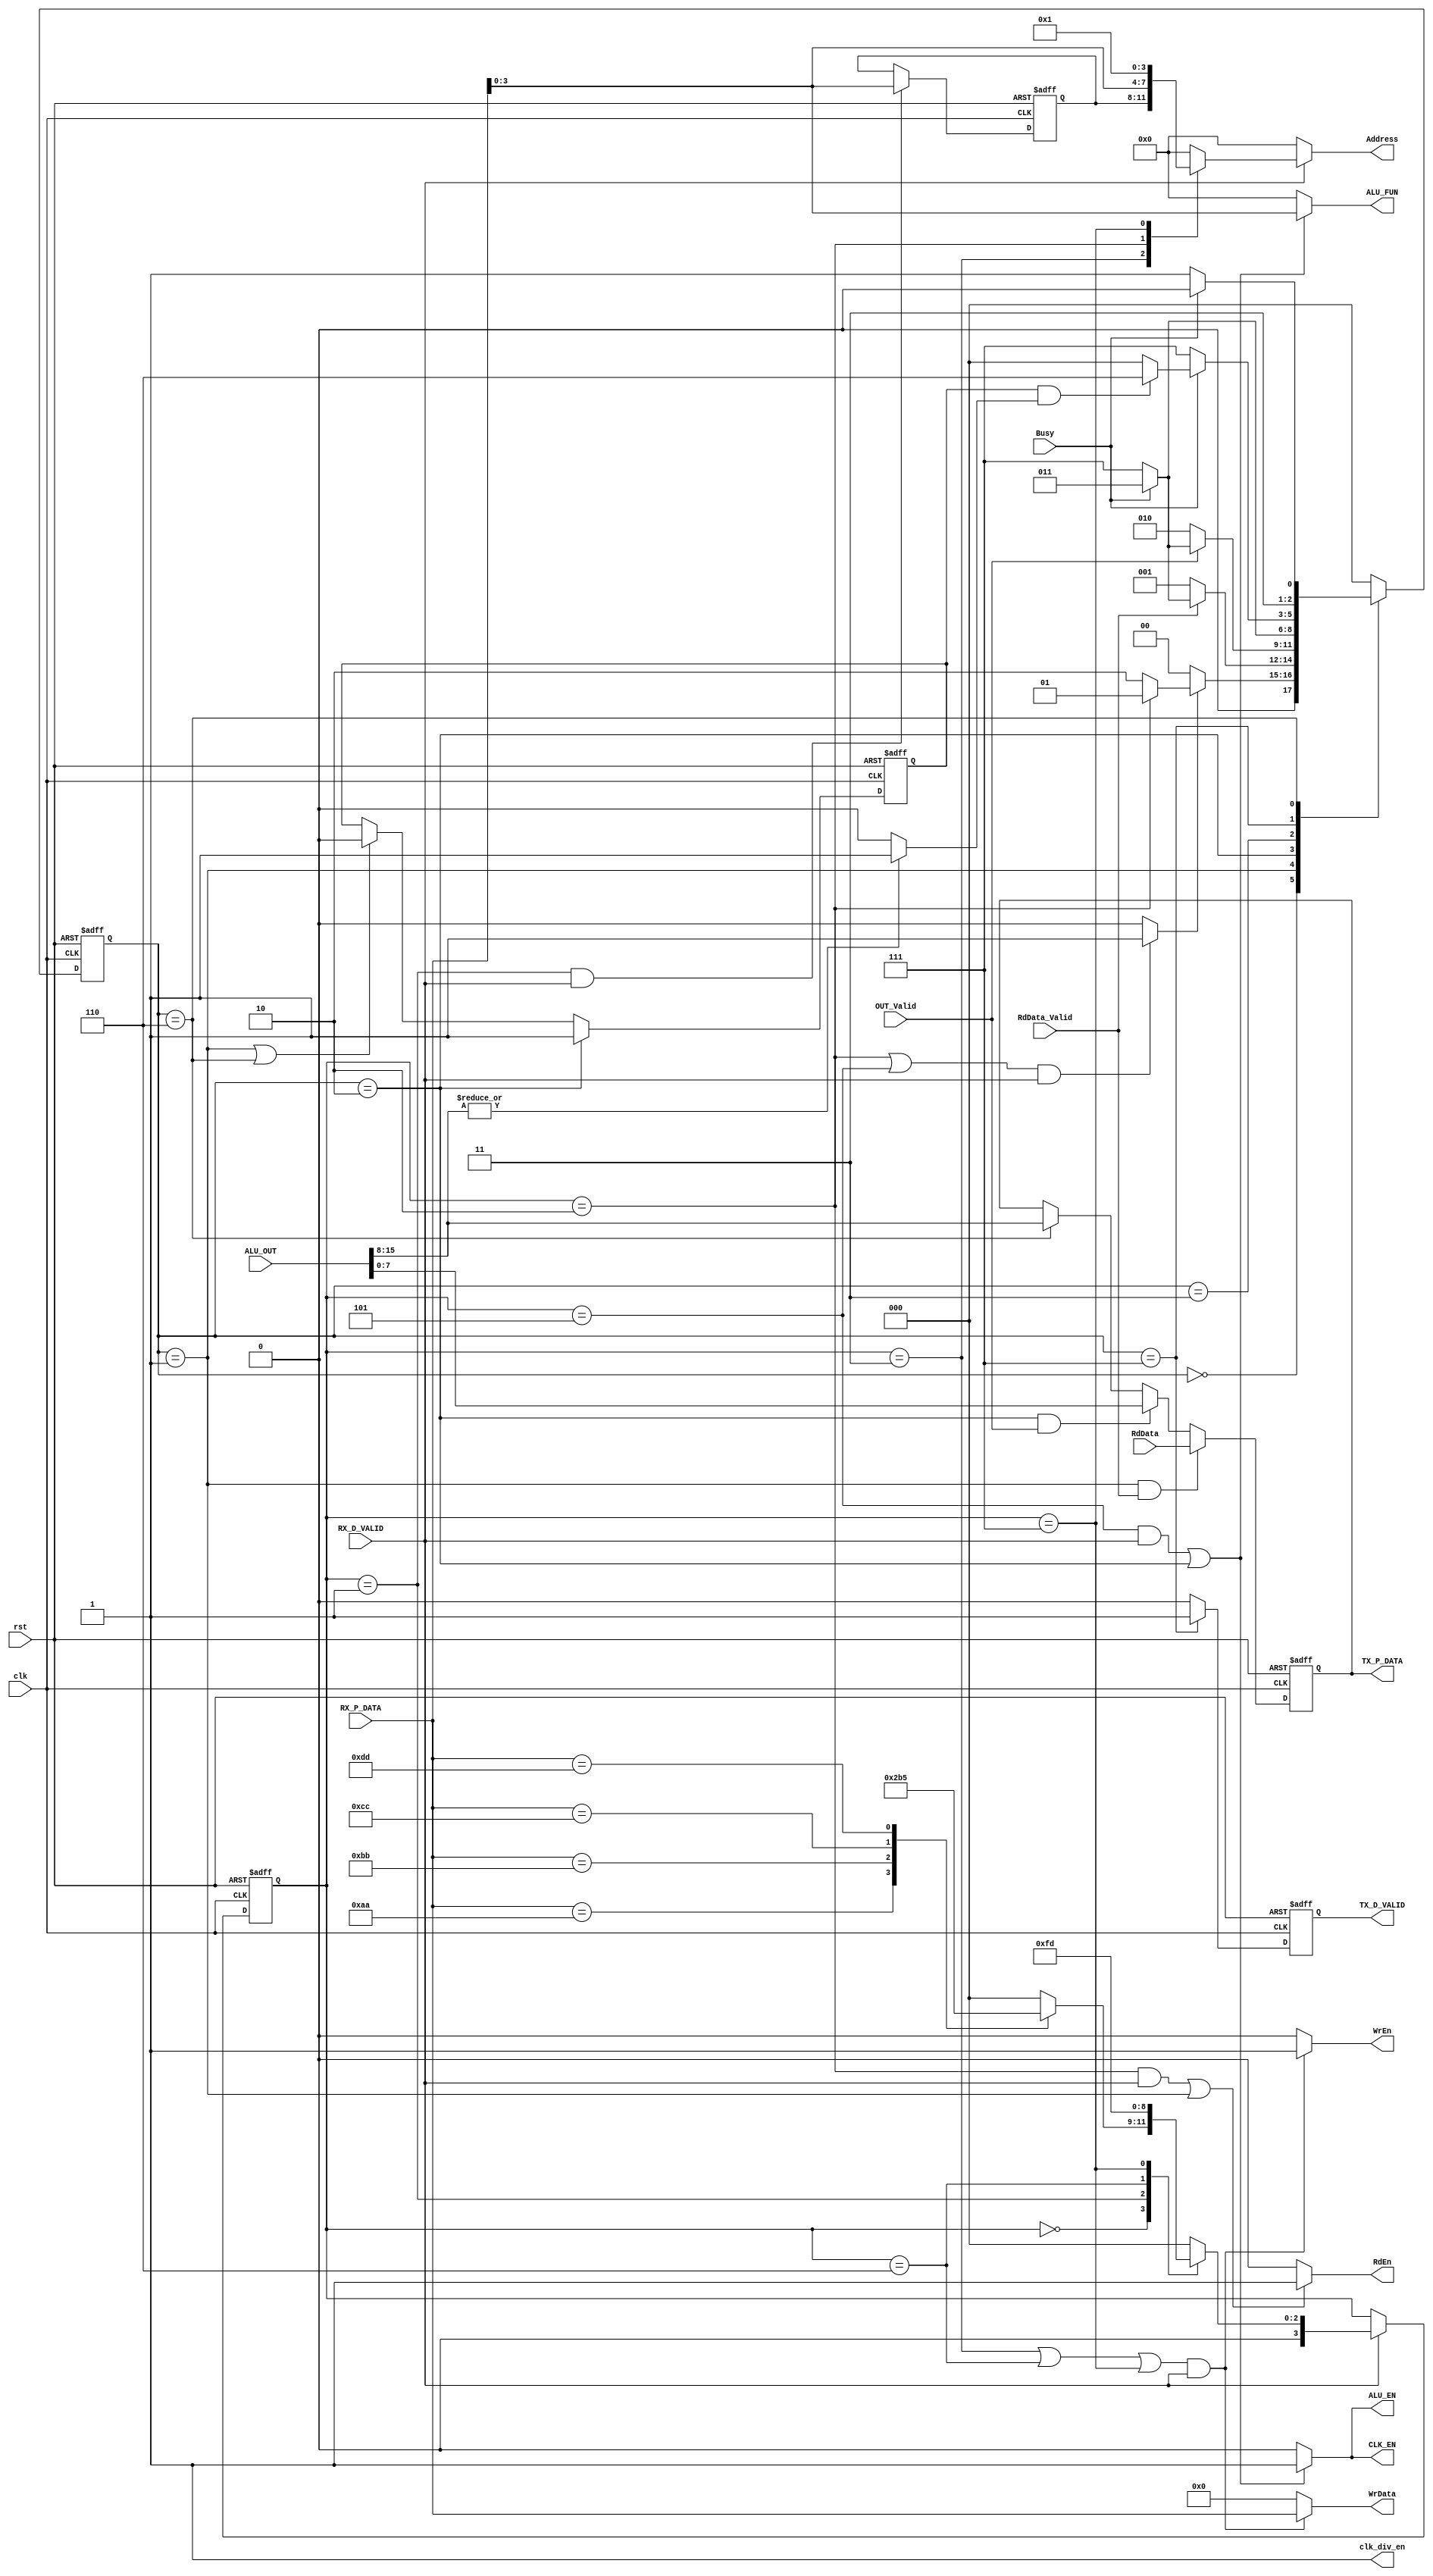
//////////////////////////////////////////////////////////////////////////////////////////////////////////
//////////////////////////// Module ports list, declaration, and data type ///////////////////////////////
//////////////////////////////////////////////////////////////////////////////////////////////////////////

module SYS_CTRL(input wire clk,
                input wire rst,
                input wire [7:0] RX_P_DATA,
                input wire RX_D_VALID,
                input wire RdData_Valid,
                input wire Busy,
                input wire [7:0] RdData,
                input wire OUT_Valid,
                input wire [15:0] ALU_OUT,
                output reg [3:0] Address,
                output reg [7:0] WrData,
                output reg WrEn,
                output reg RdEn,
                output reg [3:0] ALU_FUN,
                output reg ALU_EN,
                output reg [7:0] TX_P_DATA,
                output reg TX_D_VALID,
                output reg CLK_EN,
                output wire clk_div_en);
    
    //////////////////////////////////////////////////////////////////////////////////////////////////////////
    ///////////////////////////////////////////////// Parameters /////////////////////////////////////////////
    //////////////////////////////////////////////////////////////////////////////////////////////////////////
    
    // First controller states encoding - gray encoding to reduce switching power
    localparam IDLE_1       = 4'b0000;
    localparam RF_WR_ADDR   = 4'b0001;
    localparam RF_WR_DATA   = 4'b0011;
    localparam RF_RD_ADDR   = 4'b0010;
    localparam OPERAND_A    = 4'b0110;
    localparam OPERAND_B    = 4'b0111;
    localparam ALU_FUNCTION = 4'b0101;
    
    // Second controller states encoding - gray encoding to reduce switching power
    localparam IDLE_2         = 3'b000;
    localparam RF_WAIT        = 3'b001;
    localparam ALU_WAIT       = 3'b010;
    localparam TX_WAIT        = 3'b011;
    localparam BUSY_WAIT      = 3'b111;
    localparam TX_WAIT_BYTE_2 = 3'b110;
    
    // Possible commands to be received from the master
    localparam RF_WR_CMD          = 8'hAA;
    localparam RF_RD_CMD          = 8'hBB;
    localparam ALU_OPER_W_OP_CMD  = 8'hCC;
    localparam ALU_OPER_W_NOP_CMD = 8'hDD;
    
    // Operands A and B addresses in the register file
    localparam OPERAND_A_ADDRESS = 4'b0000;
    localparam OPERAND_B_ADDRESS = 4'b0001;
    
    ////////////////////////////////////////////////////////////////////////////////////////////////////////////
    //////////////////////////////// Variables and Internal Connections ////////////////////////////////////////
    ////////////////////////////////////////////////////////////////////////////////////////////////////////////
    
    reg [3:0] current_state_1, next_state_1;
    reg [2:0] current_state_2, next_state_2;
    
    reg SecondControllerEnable;
    
    reg [3:0] write_address, write_address_comb;
    
    reg [7:0] TX_P_DATA_comb;
    reg TX_D_VALID_comb;
    
    reg isPreviousOperationALU, isPreviousOperationALU_comb;
    reg ALUsecondByte;
    
    ////////////////////////////////////////////////////////////////////////////////////////////////////////////
    //////////////////////////////////// Sequential Procedural Blocks //////////////////////////////////////////
    ////////////////////////////////////////////////////////////////////////////////////////////////////////////
    
    // First Controller Current State Sequential Logic
    always@(posedge clk or negedge rst)
    begin
        if (!rst)
        begin
            current_state_1 <= IDLE_1;
        end
        else
        begin
            current_state_1 <= next_state_1;
        end
    end
    
    // Second Controller Current State Sequential Logic
    always@(posedge clk or negedge rst)
    begin
        if (!rst)
        begin
            current_state_2 <= IDLE_2;
        end
        else
        begin
            current_state_2 <= next_state_2;
        end
    end
    
    // Address Sequential Logic
    always@(posedge clk or negedge rst)
    begin
        if (!rst)
        begin
            write_address <= 'd0;
        end
        else
        begin
            write_address <= write_address_comb;
        end
    end
    
    // Tx parallel data sequential logic
    always@(posedge clk or negedge rst)
    begin
        if (!rst)
        begin
            TX_P_DATA <= 'd0;
        end
        else
        begin
            TX_P_DATA <= TX_P_DATA_comb;
        end
    end
    
    // Tx valid bit sequential logic
    always@(posedge clk or negedge rst)
    begin
        if (!rst)
        begin
            TX_D_VALID <= 1'b0;
        end
        else
        begin
            TX_D_VALID <= TX_D_VALID_comb;
        end
    end
    
    // Is previous operation ALU flag seqeuntial logic
    always@(posedge clk or negedge rst)
    begin
        if (!rst)
        begin
            isPreviousOperationALU <= 1'b0;
        end
        else
        begin
            isPreviousOperationALU <= isPreviousOperationALU_comb;
        end
    end
    
    ////////////////////////////////////////////////////////////////////////////////////////////////////////////
    //////////////////////////////////// Next State Combinational Logic ////////////////////////////////////////
    ////////////////////////////////////////////////////////////////////////////////////////////////////////////
    
    // First Controller next state combinational always
    always@(*)
    begin
        if (RX_D_VALID)
        begin
            case(current_state_1)
                IDLE_1:
                begin
                    case(RX_P_DATA)
                        RF_WR_CMD:
                        begin
                            next_state_1 = RF_WR_ADDR;
                        end
                        RF_RD_CMD:
                        begin
                            next_state_1 = RF_RD_ADDR;
                        end
                        ALU_OPER_W_OP_CMD:
                        begin
                            next_state_1 = OPERAND_A;
                        end
                        ALU_OPER_W_NOP_CMD:
                        begin
                            next_state_1 = ALU_FUNCTION;
                        end
                        default:
                        begin
                            next_state_1 = IDLE_1;
                        end
                    endcase
                end
                // Waiting for the write address
                RF_WR_ADDR:
                begin
                    next_state_1 = RF_WR_DATA;
                end
                // Waiting for the data to write
                RF_WR_DATA:
                begin
                    next_state_1 = IDLE_1;
                end
                // Waiting for the read address
                RF_RD_ADDR:
                begin
                    next_state_1 = IDLE_1;
                end
                // Waiting for operand A
                OPERAND_A:
                begin
                    next_state_1 = OPERAND_B;
                end
                // Waiting for operand B
                OPERAND_B:
                begin
                    next_state_1 = ALU_FUNCTION;
                end
                // Waiting for the ALU function
                ALU_FUNCTION:
                begin
                    next_state_1 = IDLE_1;
                end
                default:
                begin
                    next_state_1 = IDLE_1;
                end
            endcase
        end
        else
        begin
            next_state_1 = current_state_1;
        end
    end
    
    // Second Controller Combinational Always Block
    always@(*)
    begin
        // Initial values to avoid unintentional latches
        next_state_2 = IDLE_2;
        case(current_state_2)
            IDLE_2:
            begin
                if (SecondControllerEnable)
                begin
                    if (current_state_1 == RF_RD_ADDR)
                    begin
                        next_state_2 = RF_WAIT;
                    end
                    else
                    begin
                        next_state_2 = ALU_WAIT;
                    end
                end
                else
                begin
                    next_state_2 = IDLE_2;
                end
            end
            RF_WAIT:
            begin
                // Wait for the register file output to be ready
                if (RdData_Valid)
                begin
                    if (Busy)
                    begin
                        next_state_2 = TX_WAIT;
                    end
                    else
                    begin
                        next_state_2 = BUSY_WAIT;
                    end
                end
                else
                begin
                    next_state_2 = RF_WAIT;
                end
            end
            ALU_WAIT:
            begin
                // Wait for the ALU output to be ready
                if (OUT_Valid)
                begin
                    if (Busy)
                    begin
                        next_state_2 = TX_WAIT;
                    end
                    else
                    begin
                        next_state_2 = BUSY_WAIT;
                    end
                end
                else
                begin
                    next_state_2 = ALU_WAIT;
                end
            end
            /* This state is intended to wait for the UART Tx to become available (i.e. finish transmission) */
            TX_WAIT:
            begin
                if (!Busy)
                begin
                    next_state_2 = BUSY_WAIT;
                end
                else
                begin
                    next_state_2 = TX_WAIT;
                end
            end
            /* Unlike TX_WAIT state, this state is intended to wait for the UART Tx to become busy. Why? the system is operating on a
             much faster clock compared to that of the UART, so if we raised the TX_D_VALID flag for just 1 clock cycle, there is a high
             possibility that the UART Tx will miss that valid signal. So instead, we will set TX_D_VALID and wait for the UART Tx to become
             busy so that we make sure that the Tx has captured the current data on its input */
            BUSY_WAIT:
            begin
                if (Busy)
                begin
                    if (isPreviousOperationALU && ALUsecondByte)
                    begin
                        next_state_2 = TX_WAIT_BYTE_2;
                    end
                    else
                    begin
                        next_state_2 = IDLE_2;
                    end
                end
                else
                begin
                    next_state_2 = BUSY_WAIT;
                end
            end
            /* This state is needed in case the previous opeartion was an ALU operation and the upper byte of the result is non-zero and
             hence needs to be transmitted */
            TX_WAIT_BYTE_2:
            begin
                if (!Busy)
                begin
                    next_state_2 = BUSY_WAIT;
                end
                else
                begin
                    next_state_2 = TX_WAIT_BYTE_2;
                end
            end
            default:
            begin
                next_state_2 = IDLE_2;
            end
        endcase
    end
    
    ////////////////////////////////////////////////////////////////////////////////////////////////////////////
    //////////////////////////////////// Outputs Combinational Logic ///////////////////////////////////////////
    ////////////////////////////////////////////////////////////////////////////////////////////////////////////
    
    //////////////////////////////////////////// UART Tx outputs ///////////////////////////////////////////////
    
    always@(*)
    begin
        if (current_state_2 == RF_WAIT && RdData_Valid)
        begin
            TX_P_DATA_comb = RdData;
        end
        else
        begin
            if (current_state_2 == ALU_WAIT && OUT_Valid)
            begin
                TX_P_DATA_comb = ALU_OUT[7:0];
            end
            else
            begin
                if (current_state_2 == TX_WAIT_BYTE_2)
                begin
                    TX_P_DATA_comb = ALU_OUT[15:8];
                end
                else
                begin
                    TX_P_DATA_comb = TX_P_DATA;
                end
            end
        end
    end
    
    always@(*)
    begin
        if (current_state_2 == BUSY_WAIT)
        begin
            TX_D_VALID_comb = 1'b1;
        end
        else
        begin
            TX_D_VALID_comb = 1'b0;
        end
    end
    
    ////////////////////////////////////////// Register File Outputs ///////////////////////////////////////////
    
    always@(*)
    begin
        if ((current_state_1 == RF_RD_ADDR && RX_D_VALID) || current_state_2 == RF_WAIT)
        begin
            RdEn = 1'b1;
        end
        else
        begin
            RdEn = 1'b0;
        end
    end
    
    always@(*)
    begin
        if ((current_state_1 == RF_WR_DATA || current_state_1 == OPERAND_A || current_state_1 == OPERAND_B) && RX_D_VALID)
        begin
            WrEn = 1'b1;
        end
        else
        begin
            WrEn = 1'b0;
        end
    end
    
    always@(*)
    begin
        if ((current_state_1 == RF_WR_DATA || current_state_1 == OPERAND_A || current_state_1 == OPERAND_B) && RX_D_VALID)
        begin
            WrData = RX_P_DATA;
        end
        else
        begin
            WrData = 'd0;
        end
    end
    
    always@(*)
    begin
        if (RX_D_VALID)
        begin
            case(current_state_1)
                RF_WR_DATA:
                begin
                    Address = write_address;
                end
                RF_RD_ADDR:
                begin
                    Address = RX_P_DATA;
                end
                OPERAND_A:
                begin
                    Address = OPERAND_A_ADDRESS;
                end
                OPERAND_B:
                begin
                    Address = OPERAND_B_ADDRESS;
                end
                default:
                begin
                    Address = 'd0;
                end
            endcase
        end
        else
        begin
            Address = 'd0;
        end
    end
    
    ////////////////////////////////////////// ALU Outputs //////////////////////////////////////////////
    
    always@(*)
    begin
        if (|ALU_OUT[15:8])
        begin
            ALUsecondByte = 1'b1;
        end
        else
        begin
            ALUsecondByte = 1'b0;
        end
    end
    
    always@(*)
    begin
        if ((current_state_1 == ALU_FUNCTION && RX_D_VALID) || current_state_2 == ALU_WAIT)
        begin
            ALU_EN = 1'b1;
        end
        else
        begin
            ALU_EN = 1'b0;
        end
    end
    
    always@(*)
    begin
        if ((current_state_1 == ALU_FUNCTION && RX_D_VALID) || current_state_2 == ALU_WAIT)
        begin
            CLK_EN = 1'b1;
        end
        else
        begin
            CLK_EN = 1'b0;
        end
    end
    
    always@(*)
    begin
        if (current_state_1 == ALU_FUNCTION && RX_D_VALID || current_state_2 == ALU_WAIT)
        begin
            ALU_FUN = RX_P_DATA;
        end
        else
        begin
            ALU_FUN = 'd0;
        end
    end
    
    always@(*)
    begin
        if (current_state_2 == ALU_WAIT)
        begin
            isPreviousOperationALU_comb = 1'b1;
        end
        else
        begin
            if (current_state_2 == RF_WAIT || current_state_2 == TX_WAIT_BYTE_2)
            begin
                isPreviousOperationALU_comb = 1'b0;
            end
            else
            begin
                isPreviousOperationALU_comb = isPreviousOperationALU;
            end
        end
    end
    
    /////////////////////////////////////// Internal Control Signals/Vectors //////////////////////////////////////
    
    always@(*)
    begin
        if ((current_state_1 == RF_RD_ADDR || current_state_1 == ALU_FUNCTION) && RX_D_VALID)
        begin
            SecondControllerEnable = 1'b1;
        end
        else
        begin
            SecondControllerEnable = 1'b0;
        end
    end
    
    always@(*)
    begin
        if ((current_state_1 == RF_WR_ADDR) && RX_D_VALID)
        begin
            write_address_comb = RX_P_DATA;
        end
        else
        begin
            write_address_comb = write_address;
        end
    end
    
    /////////////////////////////////////// Clock Divider Enable Signal //////////////////////////////////////
    
    assign clk_div_en = 1'b1;
    
endmodule